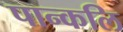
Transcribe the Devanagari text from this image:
पान्कलि